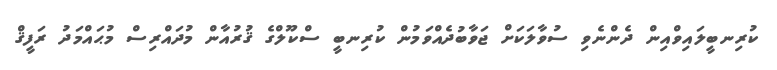
ކުރިނބީލައިވްއިން ދެންނެވި ސުވާލަކަށް ޖަވާބުދެއްވަމުން ކުރިނބީ ސްކޫލްގެ ޤުރުއާން މުދައްރިސް މުޙައްމަދު ރަފީޤް